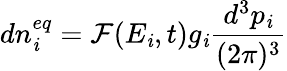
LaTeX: dn_{\mathit{i}}^{eq}=\mathcal{F}(E_{\mathit{i}},t)g_{\mathit{i}}{\frac{{d^{3}p_{\mathit{i}}}}{{(2\pi)^{3}}}}